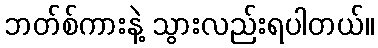
ဘတ်စ်ကားနဲ့ သွားလည်းရပါတယ်။